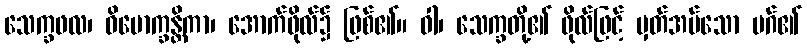
သေက္ခဖလ၊ ဝိမောက္ခန္တိကာ၊ အောက်ဖိုလ်၌ ဖြစ်၏။ ဝါ၊ သေက္ခတို့၏ ဖိုလ်ဖြင့် မှတ်အပ်သော မဂ်၏